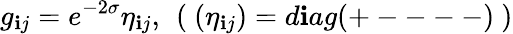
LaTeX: g_{\mathbf{i}j}=e^{-2\sigma}\eta_{\mathbf{i}j},~\left(~(\eta_{\mathbf{i}j})=d\mathbf{i}ag(+----)~\right)